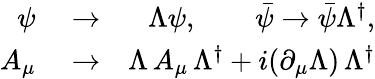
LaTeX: \begin{array}{rlr}{\psi}&{{}\to}&{\Lambda\psi,\qquad\bar{\psi}\to\bar{\psi}\Lambda^{\dagger},}\\ {A_{\mu}}&{{}\to}&{\Lambda\, A_{\mu}\, \Lambda^{\dagger}+i(\partial_{\mu}\Lambda)\, \Lambda^{\dagger}}\end{array}